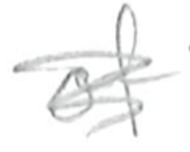
Text: of
Cross-out: scratch
Writing tool: pencil